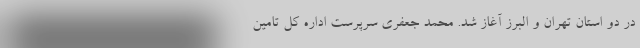
در دو استان تهران و البرز آغاز شد. محمد جعفری سرپرست اداره کل تامین